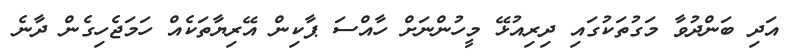
އަދި ބަންދުވާ މަގުތަކުގައި ދިރިއުޅޭ މީހުންނަށް ހާއްސަ ޕާކިން އޭރިޔާތަކެއް ހަމަޖެހިގެން ދާނެ